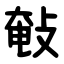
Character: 㪑